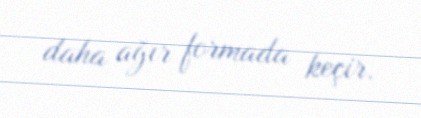
daha ağır formada keçir.